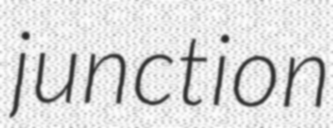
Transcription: junction